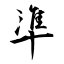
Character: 準